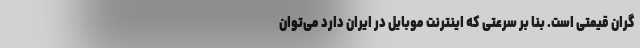
گران قیمتی است. بنا بر سرعتی که اینترنت موبایل در ایران دارد می‌توان